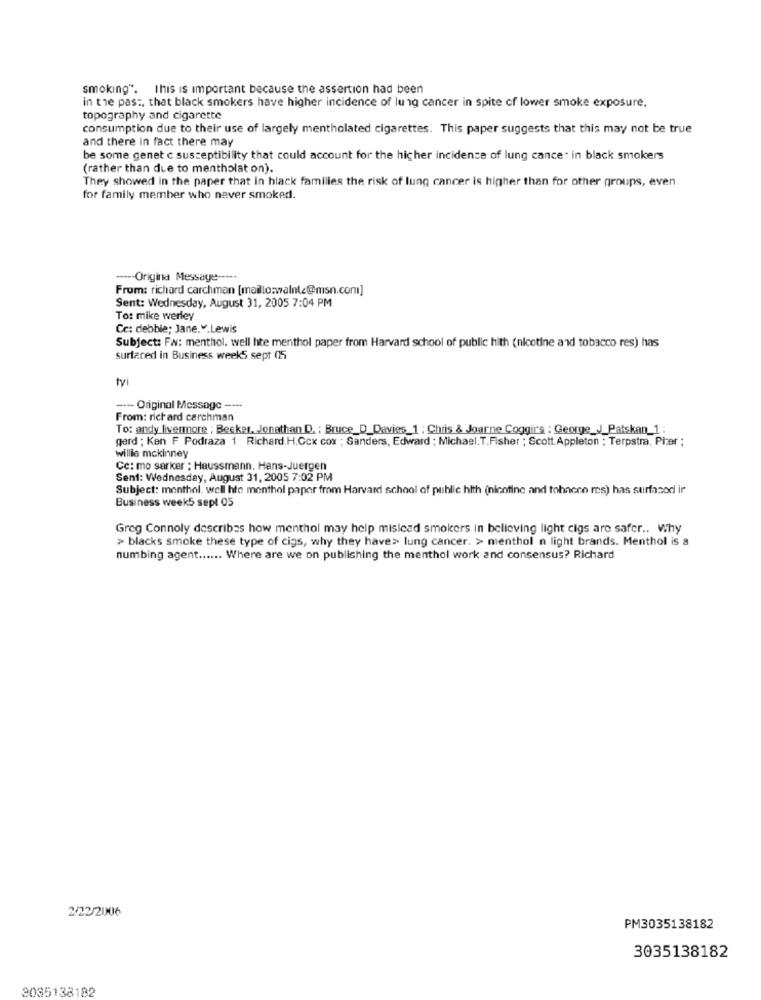
smoking". This is important because the assertion had been
in the pas :, that black smokers have higher incidence of lung cancer in spite of lower smoke exposure,
topography and cigarette
consumption due to their use of largely mentholated cigarettes. This paper suggests that this may not be true
and there in fact there may
be some genet c susceptibility that could account for the higher incidence of lung cance . in black smokers
(rather than due to mentholat on).
They showed in the paper that in black families the risk of lung cancer is higher than for other groups, even
for family member who never smoked.
---- Origina Message -----
From: richard carchman [mailto:walnl.@msn.com]
Sent: Wednesday, August 31, 2005 7:04 PM
To: mike werley
Cc: debbie; Jane.".Lewis
Subject: Fw: menthol. well hte menthol paper from Harvard school of public hith (nicotine and tobacco res) has
surfaced in Business week5 sept 05
tyi
-- Original Message ----
From: richard cerchman
To: andy livermore ; Becker, Jonathan D. : Bruce_D_Davies_1 ; Chris & Joarne Coggir's : George_J_Patskan_1:
gerd ; Ken F Podraza 1 Richard.H.Ccx cox ; Sanders, Edward ; Michael. T.Fisher ; Scott.Appleton : Terpstra, Pier ;
willie mckinney
Cc: mo sarker : Haussmann. Hans-Juergen
Sent: Wednesday, August 31, 2005 7:02 PM
Subject: menthol. well hte menthol paper from Harvard school of public hith (nicotine and tobacco ros) has surfacod ir
Business week5 sept 05
Greg Connoly describes how menthol may help mislead smokers in believing light cigs are safer .. Why
> blacks smoke these type of cigs, why they have> lung cancer. > menthol n light brands. Menthol is a
numbing agent ...... Where are we on publishing the menthol work and consensus? Richard
2/22/2006
PM3035138182
3035138182
2035138182